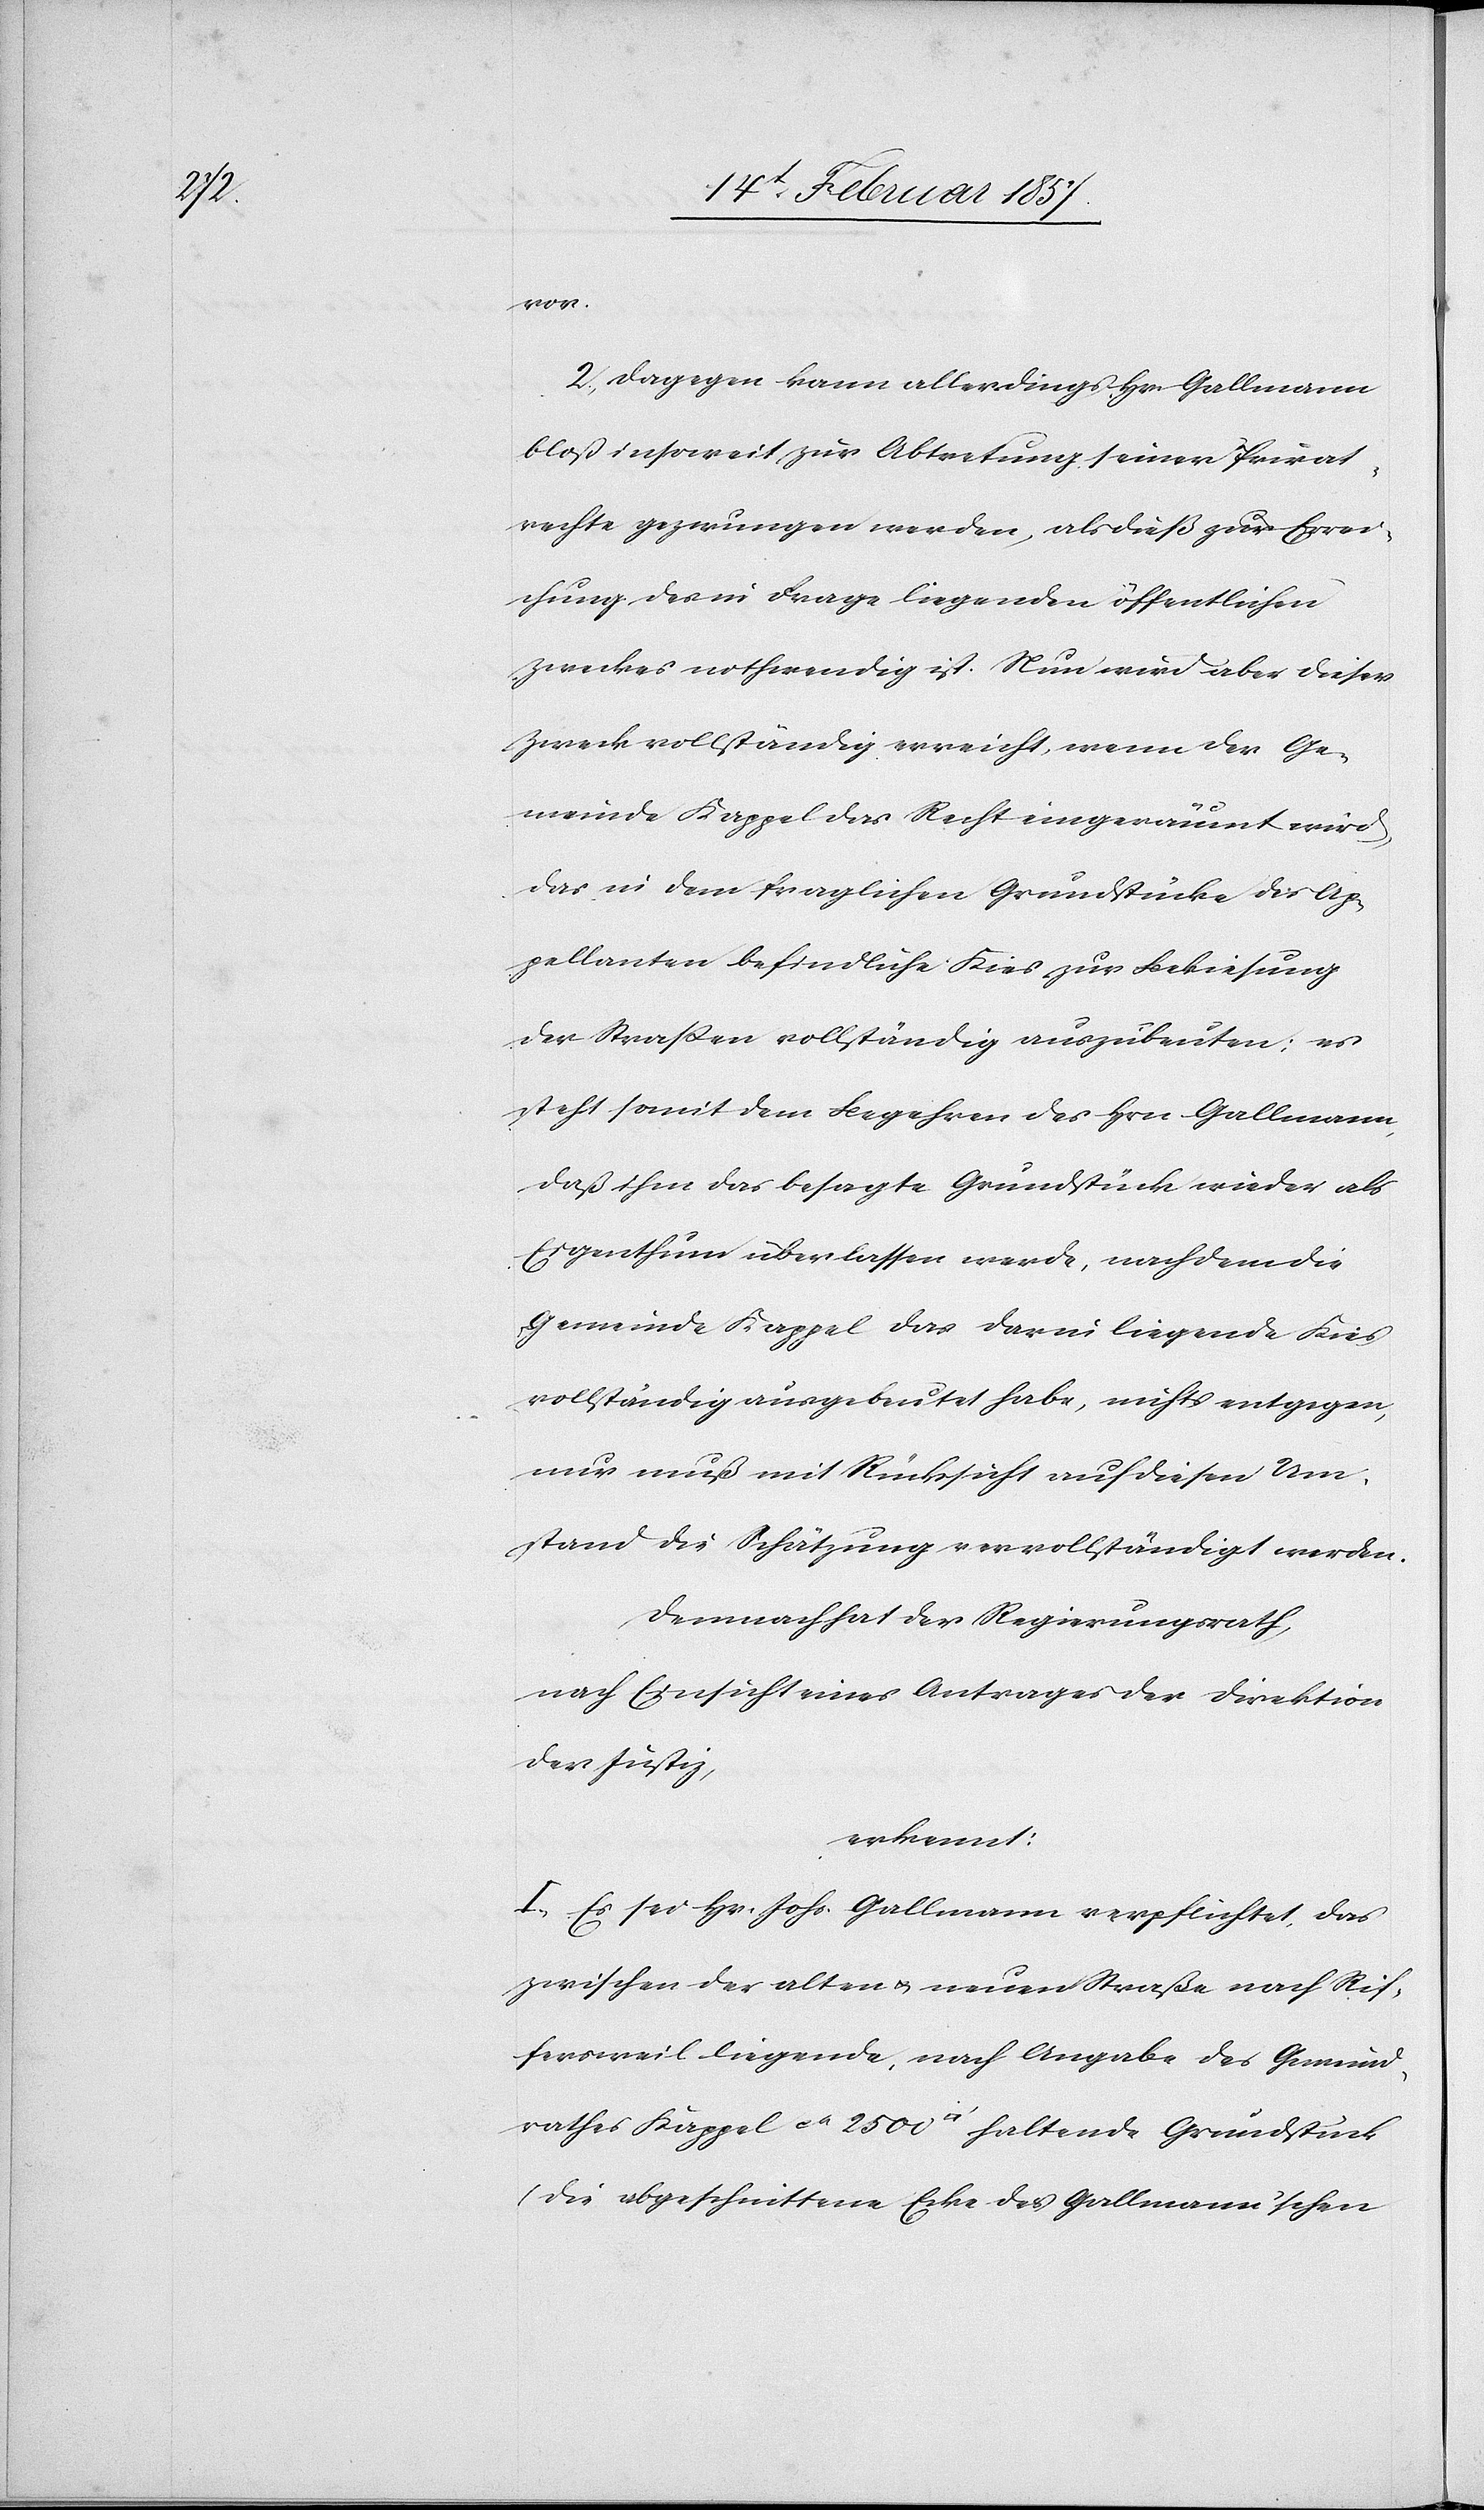
vor.
2. Dagegen kann allerdings Hr. Gallmann
bloß insoweit zur Abtretung seiner Privat¬
rechte gezwungen werden, als dieß zur Errei¬
chung des in Frage liegenden öffentlichen
Zweckes nothwendig ist. Nun wird aber dieser
Zweck vollständig erreicht, wenn der Ge¬
meinde Kappel das Recht eingeräumt wird,
das in dem fraglichen Grundstücke des Ap¬
pellanten befindliche Kies zur Bekiesung
der Straßen vollständig auszubeuten; es
steht somit dem Begehren des Hrn Gallmann,
daß ihm das besagte Grundstück wieder als
Eigenthum überlassen werde, nachdem die
Gemeinde Kappel das darin liegende Kies
vollständig ausgebeutet habe, nichts entgegen,
nur muß mit Rücksicht auf diesen Um¬
stand die Schätzung vervollständigt werden.
Demnach hat der Regierungsrath
nach Einsicht eines Antrages der Direktion
der Justiz
erkennt:
I. Es sei Hr. Johs. Gallmann verpflichtet, das
zwischen der alten u. neuen Straße nach Rif¬
fersweil liegende, nach Angabe des Gemeind¬
rathes Kappel ca 2500 [Quadratfuss] haltende Grundstück
(die abgeschnittene Ecke des Gallmann’schen